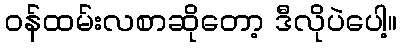
ဝန်ထမ်းလစာဆိုတော့ ဒီလိုပဲပေါ့။